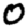
Digit: 0